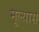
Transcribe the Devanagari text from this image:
मूल्यास